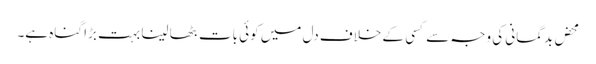
محض بدگمانی کی وجہ سے کسی کے خلاف دل میں کوئی بات بٹھا لینا بہت بڑا گناہ ہے۔